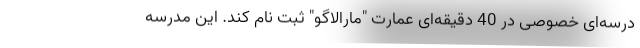
درسه‌ای خصوصی در 40 دقیقه‌ای عمارت "مارالاگو" ثبت نام کند. این مدرسه